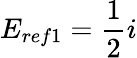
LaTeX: E_{ref1}=\frac{1}{2}i